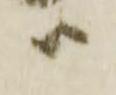
ハ